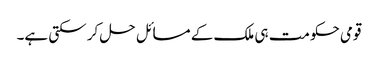
قومی حکومت ہی ملک کے مسائل حل کر سکتی ہے۔